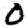
Digit: 0